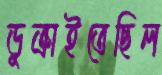
ডুক্‌রাইতেছিল